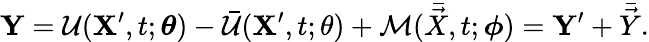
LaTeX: \mathbf{\boldsymbol{Y}}=\mathcal{U}(\mathbf{\boldsymbol{X}}^{\prime},t;\mathbf{\boldsymbol{\theta}})-\bar{\mathcal{U}}(\mathbf{\boldsymbol{X}}^{\prime},t;\theta)+\mathcal{M}(\bar{\vec{X}},t;\mathbf{\boldsymbol{\phi}})=\mathbf{\boldsymbol{Y}}^{\prime}+\bar{\vec{Y}}.